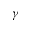
\gamma